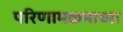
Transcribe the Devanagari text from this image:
परिणामक्रमाच्या